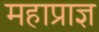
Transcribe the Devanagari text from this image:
महाप्राज्ञ